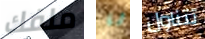
ملفك شا تتناول